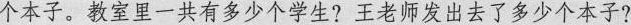
个本子。教室里一共有多少个学生?王老师发出去了多少个本子?